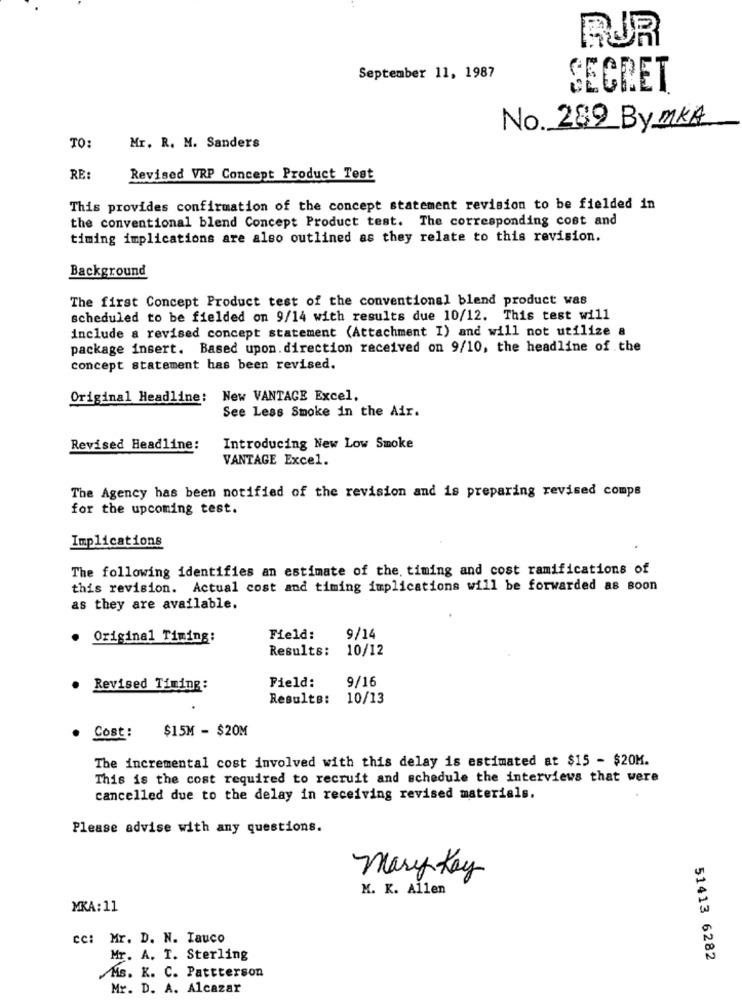
RUR
September 11, 1987
SECRET
No. 289 By MKA
TO:
Mr. R. M. Sanders
RE:
Revised VRP Concept Product Test
This provides confirmation of the concept statement revision to be fielded in
the conventional blend Concept Product test. The corresponding cost and
timing implications are also outlined as they relate to this revision.
Background
The first Concept Product test of the conventional blend product was
scheduled to be fielded on 9/14 with results due 10/12. This test will
include a revised concept statement (Attachment I) and will not utilize a
package insert. Based upon. direction received on 9/10, the headline of the
concept statement has been revised.
Original Headline:
New VANTAGE Excel,
See Less Smoke in the Air.
Revised Headline:
Introducing New Low Smoke
VANTAGE Excel.
The Agency has been notified of the revision and is preparing revised comps
for the upcoming test.
Implications
The following identifies an estimate of the. timing and cost ramifications of
this revision. Actual cost and timing implications will be forwarded as soon
as they are available.
. Original Timing:
Field:
9/14
Results: 10/12
Field:
9/16
. Revised Timing:
Results: 10/13
$15M - $20M
. Cost:
The incremental cost involved with this delay is estimated at $15 - $20M.
This is the cost required to recruit and schedule the interviews that were
cancelled due to the delay in receiving revised materials.
Please advise with any questions.
Mary Kay
K. K. Allen
MKA:11
cc: Mr. D. N. Iauco
Mr. A. T. Sterling
51413 6282
Ms. K. C. Pattterson
Mr. D. A. Alcazar